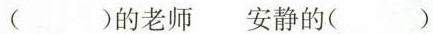
()的老师 安静的()